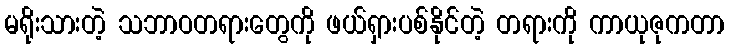
မရိုးသားတဲ့ သဘာဝတရားတွေကို ဖယ်ရှားပစ်နိုင်တဲ့ တရားကို ကာယုဇုကတာ